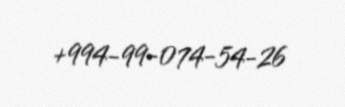
+994-99-074-54-26